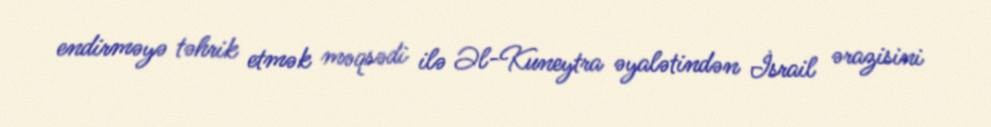
endirməyə təhrik etmək məqsədi ilə Əl-Kuneytra əyalətindən İsrail ərazisini